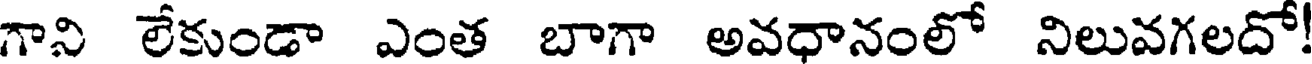
గాని లేకుండా ఎంత బాగా అవధానంలో నిలువగలదో!